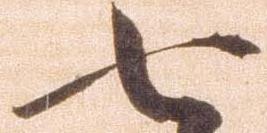
七